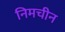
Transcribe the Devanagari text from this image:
निमचीन